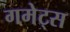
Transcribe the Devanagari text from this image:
गमेट्स